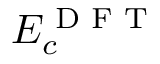
E _ { c } ^ { \textrm { D F T } }